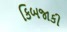
કિબજાકી